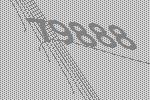
79888